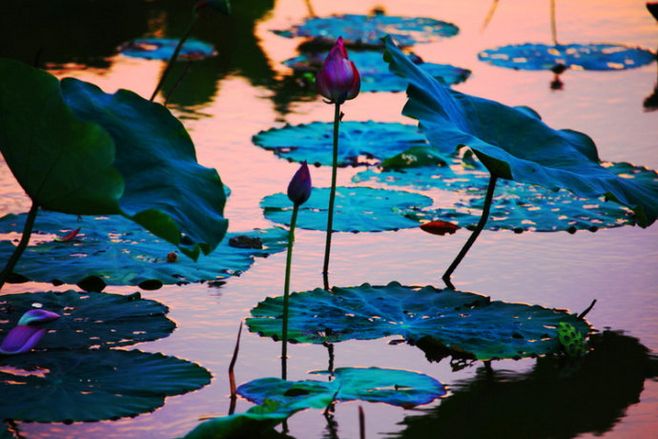
四顾山光接水光，凭栏十里芰荷香。